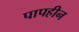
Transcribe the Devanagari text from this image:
पापहीन